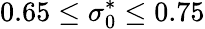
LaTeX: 0.65\leq\sigma_{0}^{*}\leq 0.75